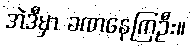
အဲဒီမှာ ခဏနေကြဦး။